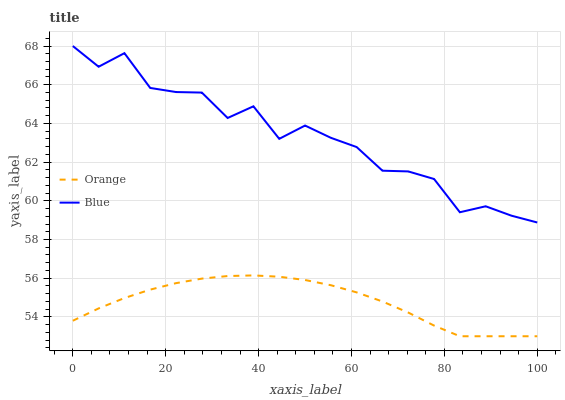
| xaxis_label | Orange | Blue |
 | --- | --- | --- |
 | 0 | 53.8 | 68 |
 | 5.56 | 54.4 | 66.9 |
 | 11.1 | 55 | 67.6 |
 | 16.7 | 55.4 | 65.8 |
 | 22.2 | 55.7 | 65.6 |
 | 27.8 | 56 | 65.6 |
 | 33.3 | 56.1 | 64.3 |
 | 38.9 | 56.1 | 64.9 |
 | 44.4 | 56.1 | 63.2 |
 | 50 | 55.9 | 63.9 |
 | 55.6 | 55.6 | 63.3 |
 | 61.1 | 55.3 | 62.8 |
 | 66.7 | 54.8 | 61.6 |
 | 72.2 | 54.2 | 61.5 |
 | 77.8 | 53.6 | 61.1 |
 | 83.3 | 53 | 59.4 |
 | 88.9 | 53 | 59.7 |
 | 94.4 | 53 | 59.2 |
 | 100 | 53 | 58.9 |